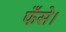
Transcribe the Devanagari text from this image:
फँसे।